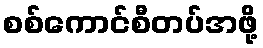
စစ်ကောင်စီတပ်အဖို့